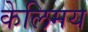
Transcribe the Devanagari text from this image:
केलिमय